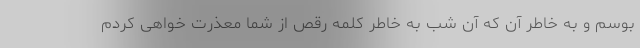
بوسم و به خاطر آن که آن شب به خاطر کلمه رقص از شما معذرت خواهی کردم